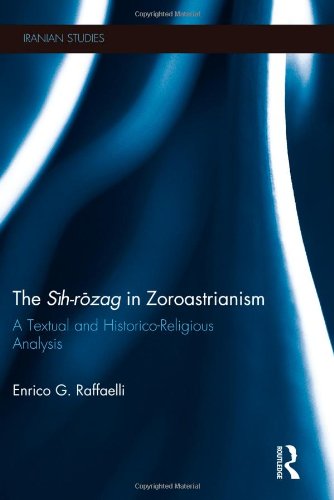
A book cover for The Sih-Rozag in Zoroastrianism: A Textual and Historico-Religious Analysis (Iranian Studies); Enrico Raffaelli; Religion & Spirituality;